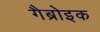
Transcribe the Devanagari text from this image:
गैब्रोइक